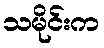
သမိုင်းက